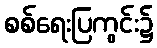
စစ်ရေးပြကွင်း၌